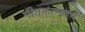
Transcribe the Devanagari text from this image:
गीतकाव्याचे